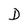
Character: D